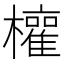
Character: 𭬳